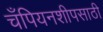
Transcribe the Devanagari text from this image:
चँपियनशीपसाठी